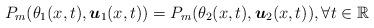
LaTeX: \begin{align*} P_m (\theta_1(x,t), \boldsymbol u_1(x,t)) = P_m (\theta_2(x,t), \boldsymbol u_2(x,t)), \forall t \in \mathbb{R}\end{align*}